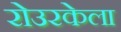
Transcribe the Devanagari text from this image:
रोउरकेला